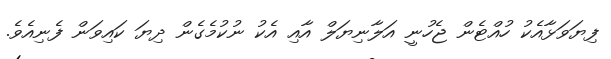
ފިޔަވަޅާއެކު ހުއްޓެން ޖެހުނީ އަލާނިޔަލް އާއި އެކު ނުކުމެގެން ދިޔަ ކައިވަން ފެނިއެވެ.